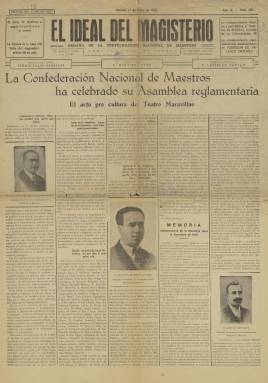
Título: El Ideal del magisterio
Colección: Educación
Ámbito geográfico: Madrid
Lugar de publicación: Madrid
Fechas: 01/01/1932-15/06/1936